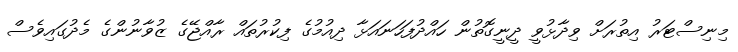
މިނިސްޓަރު އިތުރަށް ވިދާޅުވީ ދީނީގޮތުން ހައްދުފަހަނައަޅާ ދިއުމުގެ ފިކުރުތައް ރާއްޖޭގެ ޒުވާނުންގެ މެދުގައިވެސް